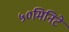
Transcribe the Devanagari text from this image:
५०मिनिटे